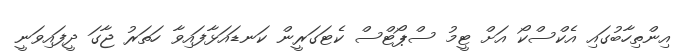
އިންތިހާބުގައި އެކްސްކޯ އަށް ޓީމު ސްޕޯޓްސް ކެޓަގަރީން ކަނޑައަޅާފައިވާ ހަތަރު ޖާގަ ދީފައިވަނީ